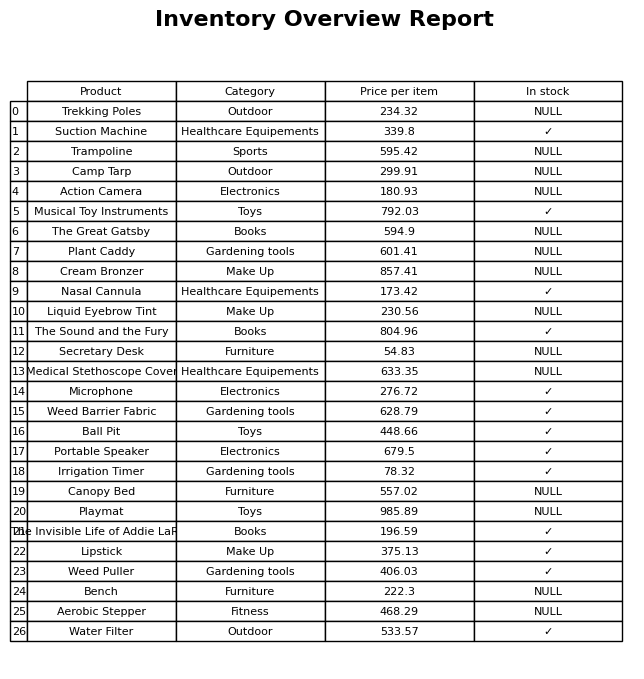
question: What is the price for Portable Speaker?
answer: The price of Portable Speaker is 679.5.